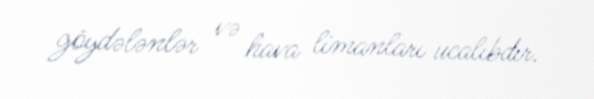
göydələnlər və hava limanları ucalıbdır.